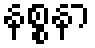
နစ္စနာ